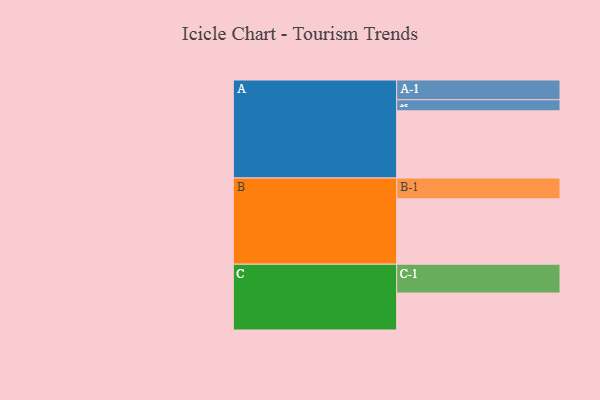
{"axis": {"x": "Segment", "y": "Value"}, "legend": ["", "A", "B", "C"], "data": [{"x": "A", "y": 569, "type": ""}, {"x": "B", "y": 554, "type": ""}, {"x": "C", "y": 313, "type": ""}, {"x": "A-1", "y": 167, "type": "A"}, {"x": "A-2", "y": 94, "type": "A"}, {"x": "B-1", "y": 176, "type": "B"}, {"x": "C-1", "y": 244, "type": "C"}]}